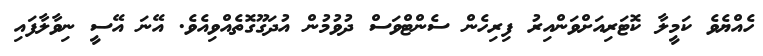
ހެއްޔެވެ ކަމީލާ ކޮޓަރިއަށްވަންއިރު ފިރިހެން ސެންޓްވަސް ދުވުމުން އުދަގޫގޮތެއްވިއެވެ. އޭނަ އޭސީ ނިވާލާފައި